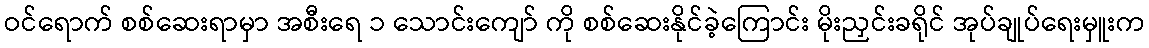
ဝင်ရောက် စစ်ဆေးရာမှာ အစီးရေ ၁ သောင်းကျော် ကို စစ်ဆေးနိုင်ခဲ့ကြောင်း မိုးညှင်းခရိုင် အုပ်ချုပ်ရေးမှူးက